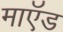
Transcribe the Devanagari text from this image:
माऍड